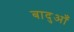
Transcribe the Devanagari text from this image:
बादुआँ